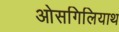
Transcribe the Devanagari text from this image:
ओसगिलियाथ